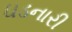
ઘડનારી